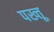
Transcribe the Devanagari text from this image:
पख्तू